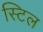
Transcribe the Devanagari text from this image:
स्‍टिल